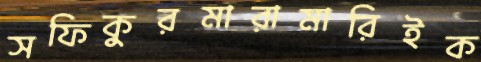
সফিকুরমারামারিইক